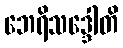
ဘေရိသဒ္ဒေါတိ